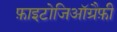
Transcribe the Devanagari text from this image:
फ़ाइटोजिऑग्रैफ़ी